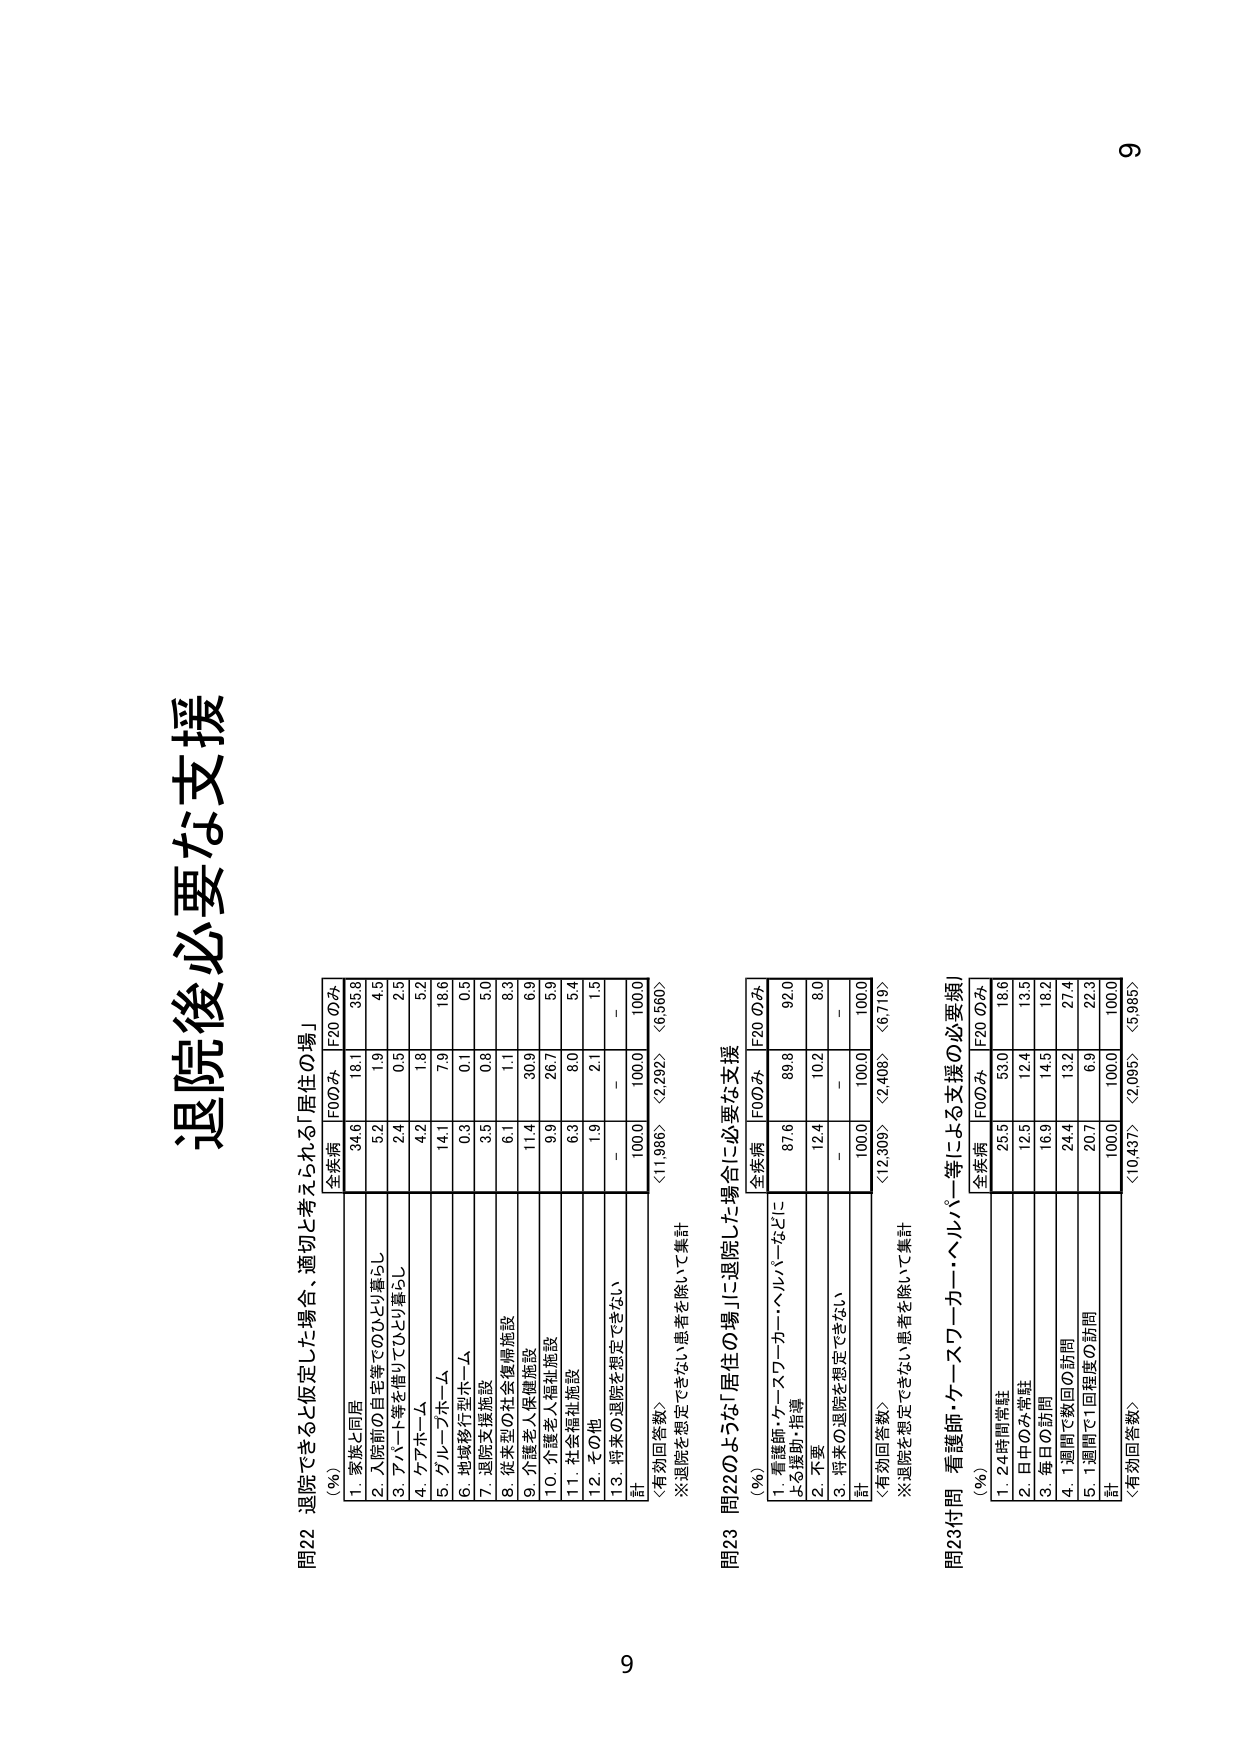
退院後必要な支援

問22 退院できると仮定した場合、適切と考えられる「居住の場」
(%) 全疾病 F0のみ F20のみ
1. 家族と同居 34.6 18.1 35.8
2. 入院前の自宅等でODLとり暮らし 5.2 1.9 4.5
3. パート等を借りてODL暮らし 2.4 0.5 2.5
4. ケアホーム 4.2 1.8 5.2
5. グループホーム 14.1 7.9 18.6
6. 地域移行型ホーム 0.3 0.1 0.5
7. 退院支援施設 3.5 0.8 5.0
8. 後発型の社会復帰施設 6.1 1.1 8.3
9. 介護老人保健施設 11.4 30.9 6.9
10. 介護老人福祉施設 9.9 26.7 5.9
11. 社会福祉施設 6.3 8.0 5.4
12. その他 1.9 2.1 1.5
13. 将来の退院を想定できない - - -
計 100.0 100.0 100.0
<有効回答数> <11986> <2292> <6560>
※退院を想定できない患者を除いて集計

問23 問22のような「居住の場」に退院した場合に必要な支援
(%) 全疾病 F0のみ F20のみ
1. 看護師・ケースワーカー・ヘルパーなどに 87.6 89.8 92.0
による援助・指導
2. 不要 12.4 10.2 8.0
3. 将来の退院を想定できない - - -
計 100.0 100.0 100.0
<有効回答数> <12308> <2408> <6719>
※退院を想定できない患者を除いて集計

問23付問 看護師・ケースワーカー・ヘルパー等による支援の必要頻度
(%) 全疾病 F0のみ F20のみ
1. 24時間常駐 25.5 53.0 18.6
2. 日中のみ常駐 12.5 12.4 13.5
3. 毎日の訪問 16.9 14.5 18.2
4. 1週間で数回の訪問 24.4 13.2 27.4
5. 1週間で1回程度の訪問 20.7 6.9 22.3
計 100.0 100.0 100.0
<有効回答数> <10437> <2095> <5985>

9
9